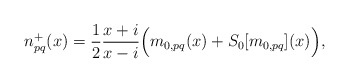
\begin{align*}n_{pq}^{+}(x) = \frac{1}{2} \frac{x + i}{x - i} \Big(m_{0,pq}(x) + S_{0}[m_{0,pq}](x)\Big),\end{align*}